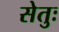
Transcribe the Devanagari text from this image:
सेतुः